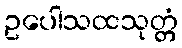
ဥပေါသထသုတ္တံ